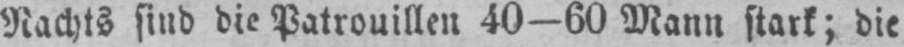
Nachts sind die Patrouillen 40-60 Mann stark; die